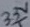
Text: 3.3V